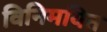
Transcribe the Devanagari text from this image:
विनिमयित